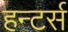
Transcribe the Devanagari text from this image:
हन्टर्स